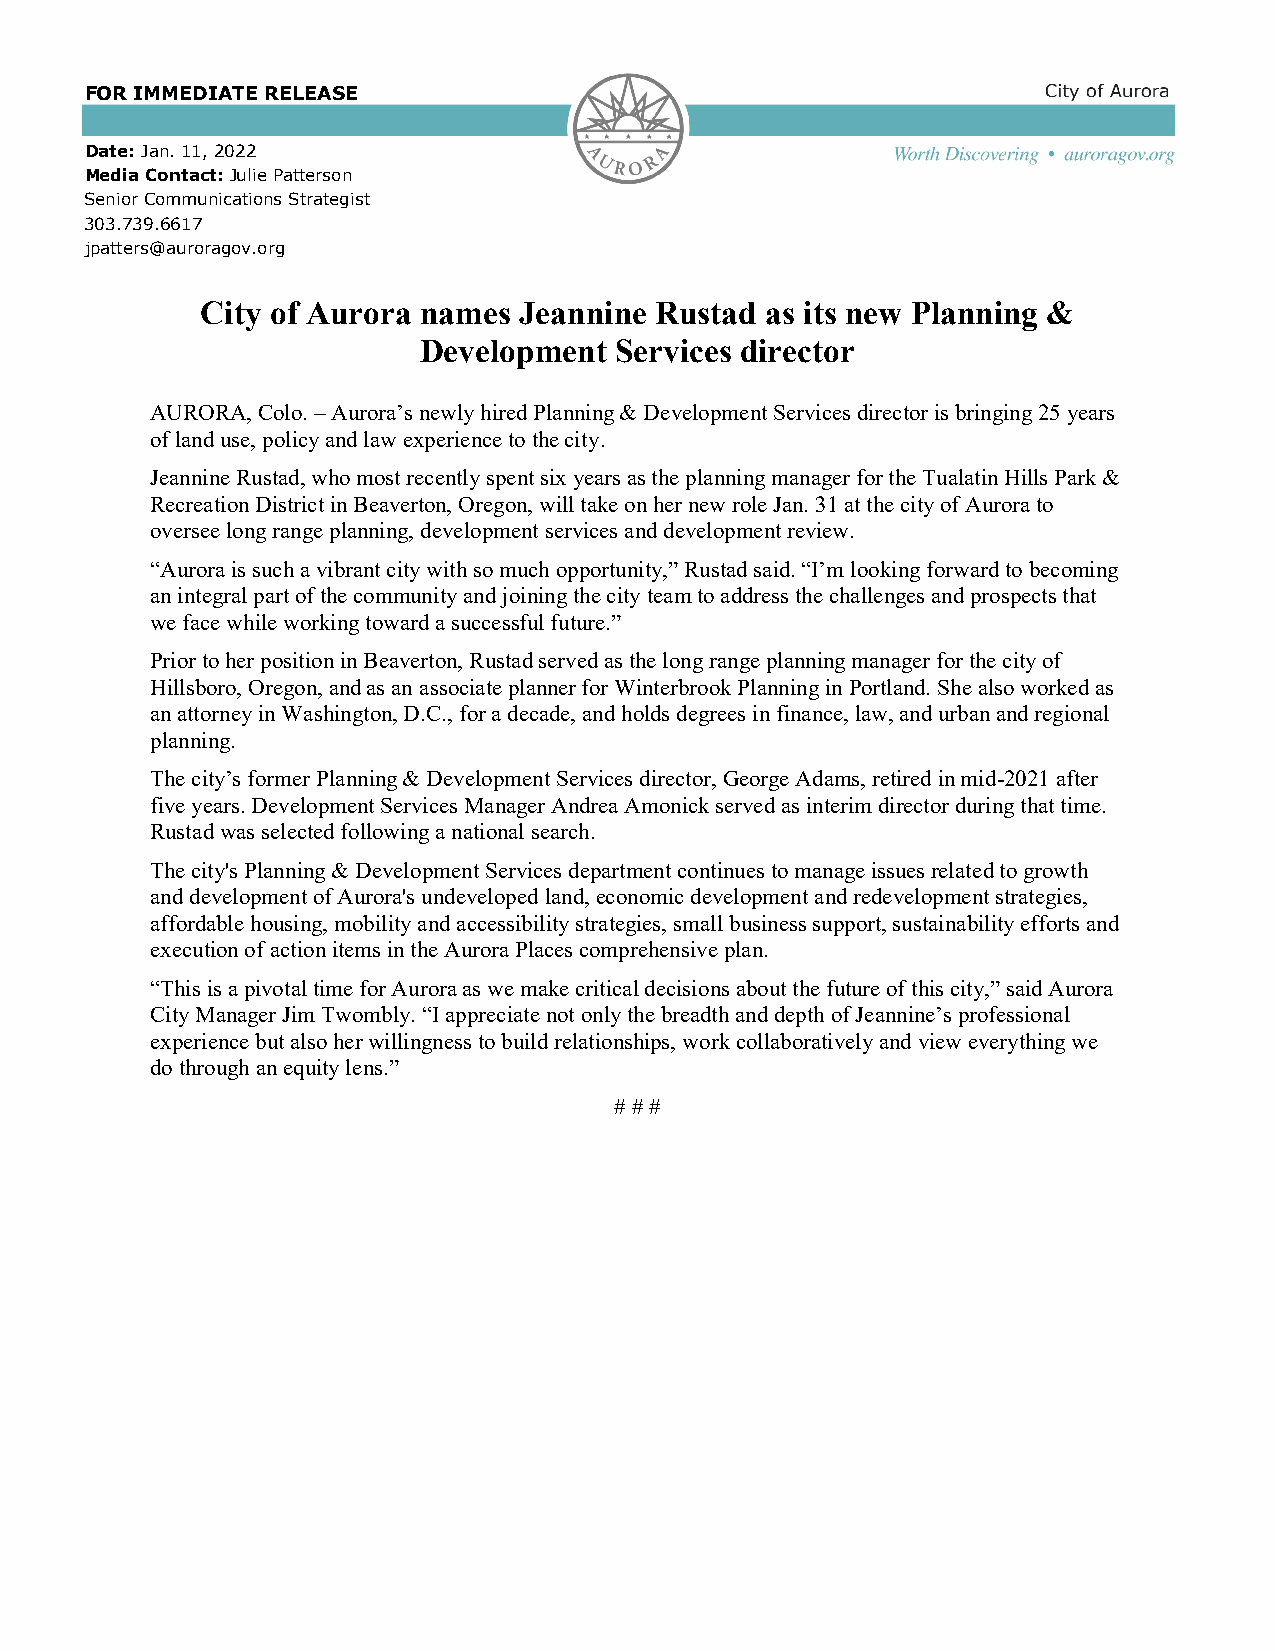
FOR IMMEDIATE RELEASE
 Date: Jan. 11, 2022
 Media Contact: Julie Patterson
 Senior Communications Strategist
 303.739.6617
 jpatters@auroragov.org
 City of Aurora names Jeannine Rustad  as its new Planning &
 Development  Services director
 AURORA, Colo. – Aurora’s newly hired Planning & Development Services director is bringing 25 years
 of land use, policy and law experience to the city.
 Jeannine Rustad, who most recently spent six years as the planning manager for the Tualatin Hills Park &
 Recreation District in Beaverton, Oregon, will take on her new role Jan. 31 at the city of Aurora to
 oversee long range planning, development services and development review.
 “Aurora is such a vibrant city with so much opportunity,” Rustad said. “I’m looking forward to becoming
 an integral part of the community and joining the city team to address the challenges and prospects that
 we face while working toward a successful future.”
 Prior to her position in Beaverton, Rustad served as the long range planning manager for the city of
 Hillsboro, Oregon, and as an associate planner for Winterbrook Planning in Portland. She also worked as
 an attorney in Washington, D.C., for a decade, and holds degrees in finance, law, and urban and regional
 planning.
 The city’s former Planning & Development Services director, George Adams, retired in mid-2021 after
 five years. Development Services Manager Andrea Amonick served as interim director during that time.
 Rustad was selected following a national search.
 The city's Planning & Development Services department continues to manage issues related to growth
 and development of Aurora's undeveloped land, economic development and redevelopment strategies,
 affordable housing, mobility and accessibility strategies, small business support, sustainability efforts and
 execution of action items in the Aurora Places comprehensive plan.
 “This is a pivotal time for Aurora as we make critical decisions about the future of this city,” said Aurora
 City Manager Jim Twombly. “I appreciate not only the breadth and depth of Jeannine’s professional
 experience but also her willingness to build relationships, work collaboratively and view everything we
 do through an equity lens.”
 # # #